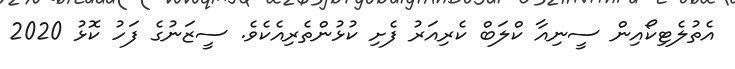
އެތުލެޓިކޯއިން ސީނިއާ ކްލަބް ކެރިއަރު ފެށި ކުޅުންތެރިއެކެވެ. ސީޒަނުގެ ފަހު ކޮޅު 2020